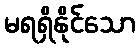
မရရှိနိုင်သော